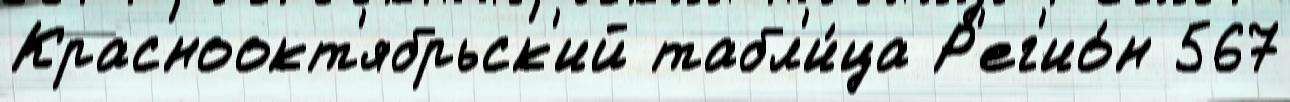
Красноокт'ябрьск'ий табл'и́ца Р'ег'ио́н 567